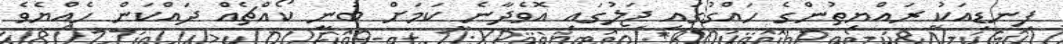
ފިނޑިއަކު ރައްޔިތުންގެ ހައްގުގައި ޖަލުގައި އޮވެދާނެ ކަމަށް ބުނީ ކޯއްޗެއް ދައްކަން ހެއްޔެވެ